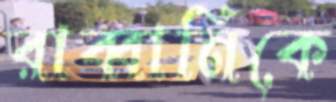
রাব্বানিকে